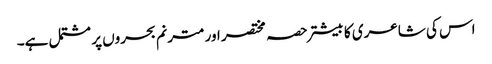
اس کی شاعری کا بیشتر حصہ مختصر اور مترنم بحروں پر مشتمل ہے۔